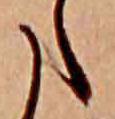
た